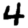
Digit: 4